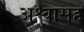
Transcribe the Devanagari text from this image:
अश्वासह